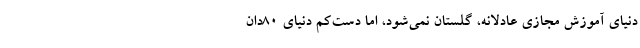
دنیای آموزش مجازی عادلانه، گلستان نمی‌شود، اما دست‌کم دنیای ۸۰دان